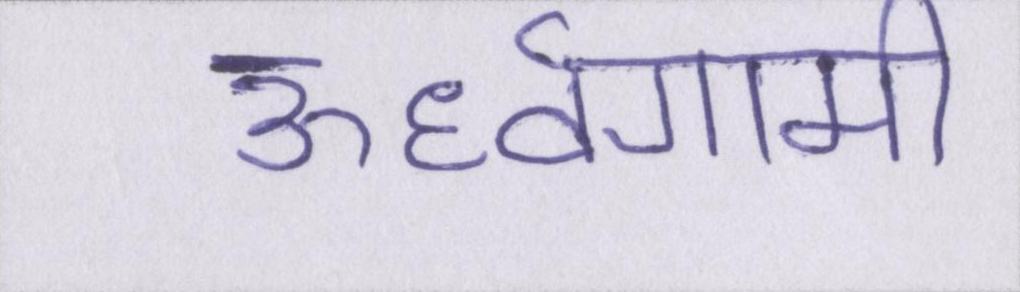
ऊर्ध्वगामी